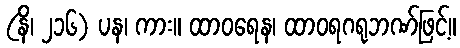
(နိ၊ ၂၁၆) ပန၊ ကား။ ထာဝရေန၊ ထာဝရဂရုဘဏ်ဖြင့်။